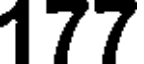
177